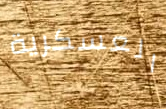
العسكرية